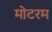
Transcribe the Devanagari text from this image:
मोटरम